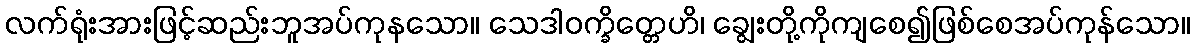
လက်ရုံးအားဖြင့်ဆည်းဘူအပ်ကုနသော။ သေဒါဝက္ခိတ္တေဟိ၊ ချွေးတို့ကိုကျစေ၍ဖြစ်စေအပ်ကုန်သော။